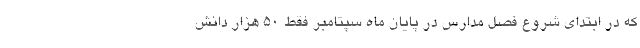
که در ابتدای شروع فصل مدارس در پایان ماه سپتامبر فقط ۵۰ هزار دانش